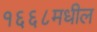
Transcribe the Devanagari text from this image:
१६६८मधील